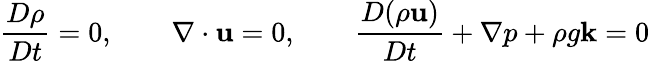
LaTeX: \frac{D\rho}{Dt}=0,\qquad\nabla\cdot\mathbf{u}=0,\qquad\frac{D(\rho\mathbf{u})}{Dt}+\nabla p+\rho g\mathbf{k}=0